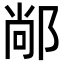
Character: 䣊